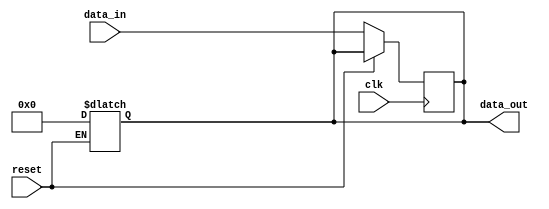
module async_reset_behavioral (
    input wire clk,          // Clock signal
    input wire reset,        // Active-high asynchronous reset signal
    input wire [7:0] data_in, // Example data input
    output reg [7:0] data_out // Example data output
);

// Initialization of output on reset
always @(*) begin
    if (reset) begin
        data_out = 8'b0; // Reset state
    end
end

// Sequential logic on clock edge
always @(posedge clk) begin
    if (!reset) begin
        // Normal operation: update output based on input
        data_out <= data_in; // Example operation
    end
end

endmodule